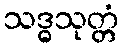
သဒ္ဓသုတ္တံ